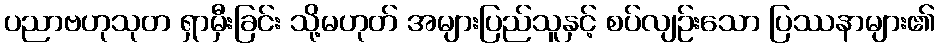
ပညာဗဟုသုတ ရှာမှီးခြင်း သို့မဟုတ် အများပြည်သူနှင့် စပ်လျဉ်းသော ပြဿနာများ၏